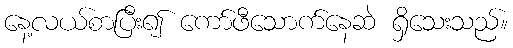
နေ့လယ်စာပြီး၍ ကော်ဖီသောက်နေဆဲ ရှိသေးသည်။